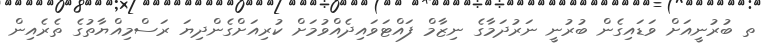
ތ ބުރުނީއަށް ވަޑައިގެން ބުރުނީ ނަރުދަމާގެ ނިޒާމް ފައްޓަވައިދެއްވުމަށް ކުރިއަށްގެންދިޔަ ރަސްމިއްޔާތުގެ ތެރެއިން